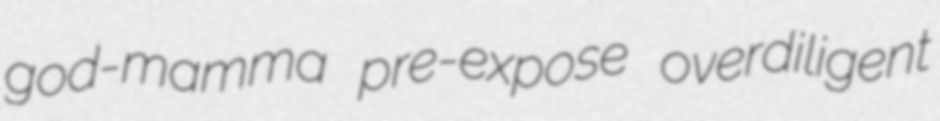
god-mamma pre-expose overdiligent